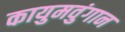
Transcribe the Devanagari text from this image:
कायुमवुंगान